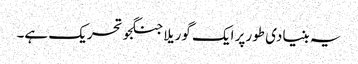
یہ بنیادی طورپر ایک گوریلا جنگجو تحریک ہے۔